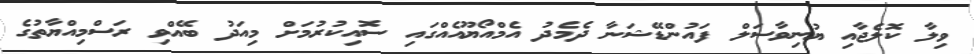
ވިލާ ކޮލެޖާއި ޔުނިވާސަލް ފައުންޑޭޝަނާ ދެމެދު އެމްއޯޔޫއެއްގައި ސޮއިކުރުމަށް މިއަދު ބޭއްވި ރަސްމިއްޔާތުގެ